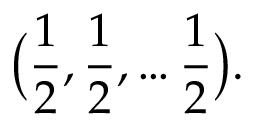
{ \bigl ( } { \frac { 1 } { 2 } } , { \frac { 1 } { 2 } } , \ldots { \frac { 1 } { 2 } } { \bigr ) } .